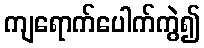
ကျရောက်ပေါက်ကွဲ၍